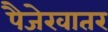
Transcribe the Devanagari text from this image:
पैजेखातर